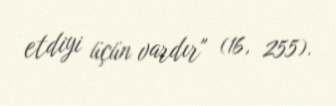
etdiyi üçün vardır" (16, 255).